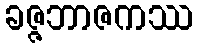
ခဇ္ဇဘာဇကဿ